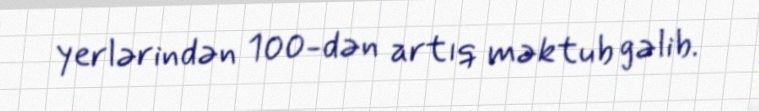
yerlərindən 100-dən artıq məktub gəlib.